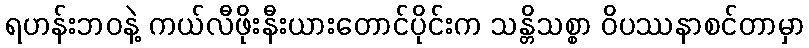
ရဟန်းဘဝနဲ့ ကယ်လီဖိုးနီးယားတောင်ပိုင်းက သန္တိသစ္စာ ဝိပဿနာစင်တာမှာ